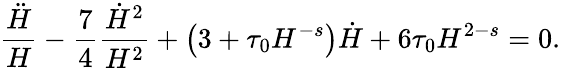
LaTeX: \frac{\ddot{H}}{H}-\frac 74\frac{\dot{H}^{2}}{H^{2}}+\left(3+\tau_{0}H^{-s}\right)\dot{H}+6\tau_{0}H^{2-s}=0.